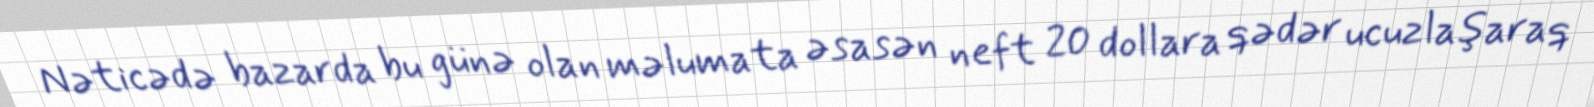
Nəticədə bazarda bu günə olan məlumata əsasən neft 20 dollara qədər ucuzlaşaraq